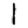
Digit: 1